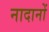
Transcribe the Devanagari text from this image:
नादानों